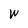
Character: W